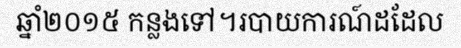
ឆ្នាំ២០១៥ កន្លងទៅ។របាយការណ៍ដដែល